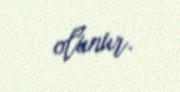
olunur.